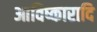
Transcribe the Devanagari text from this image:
आविष्कारादि